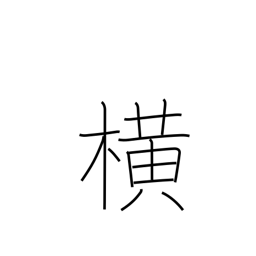
Meaning: side